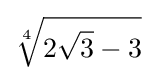
{\sqrt[{4}]{2{\sqrt {3}}-3}}